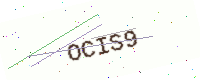
Text: OCIS9